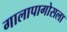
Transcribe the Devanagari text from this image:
गालापागोसला